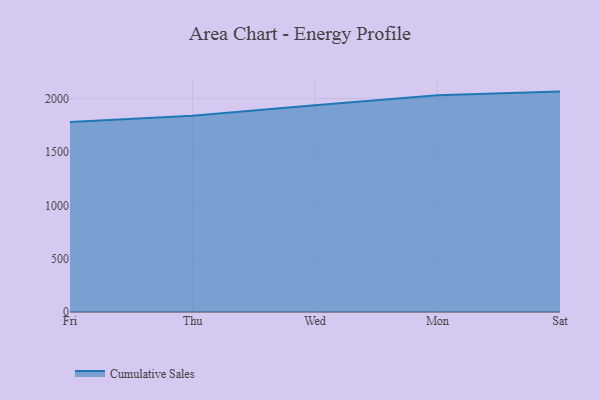
{"axis": {"x": "Day", "y": "Tickets Resolved"}, "legend": ["Cumulative Sales"], "data": [{"x": "Fri", "y": 1782.4, "type": "Cumulative Sales"}, {"x": "Thu", "y": 1840.7, "type": "Cumulative Sales"}, {"x": "Wed", "y": 1937.4, "type": "Cumulative Sales"}, {"x": "Mon", "y": 2032.8, "type": "Cumulative Sales"}, {"x": "Sat", "y": 2066.3, "type": "Cumulative Sales"}]}